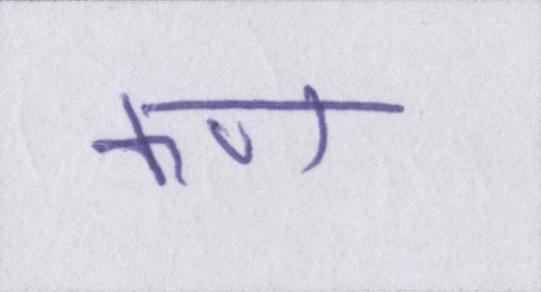
कण